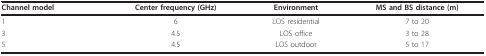
| Channel model | Center frequency (GHz) | Environment | MS and BS distance (m) |
 | --- | --- | --- | --- |
 | 1 | 6 | LOS residential | 7 to 20 |
 | 3 | 4.5 | LOS office | 3 to 28 |
 | 5 | 4.5 | LOS outdoor | 5 to 17 |